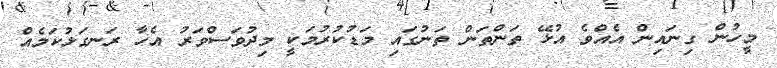
މީހުން ގިނައިން އެއްވެ އުޅޭ ތަންތަން ތަނުގައި މަޑުކުރުމަކީ މިދުވަސްވަރު އެހާ ރަނގަޅުކަމެއް